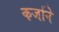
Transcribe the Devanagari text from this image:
कर्जाने